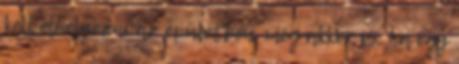
kell elhelyezni az épületben, még akkor is, ha egy